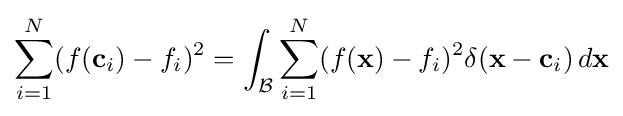
\sum _{i=1}^{N}(f(\mathbf {c} _{i})-f_{i})^{2}=\int _{\mathcal {B}}\sum _{i=1}^{N}(f(\mathbf {x} )-f_{i})^{2}\delta (\mathbf {x} -\mathbf {c} _{i})\,d\mathbf {x}